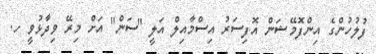
ފުލުހުންގެ އިންފޮމޭޝަން އޮފިސަރު އިސްމާއިލް އަލީ "ސަން" އަށް މިރޭ ވިދާޅުވީ ހ.